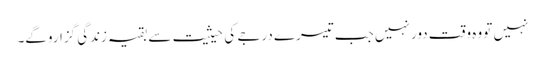
نہیں تو وہ وقت دور نہیں جب تیسرے درجے کی حیثیت سے بقیہ زندگی گزاروگے۔